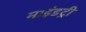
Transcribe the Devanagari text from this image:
माइंडट्री